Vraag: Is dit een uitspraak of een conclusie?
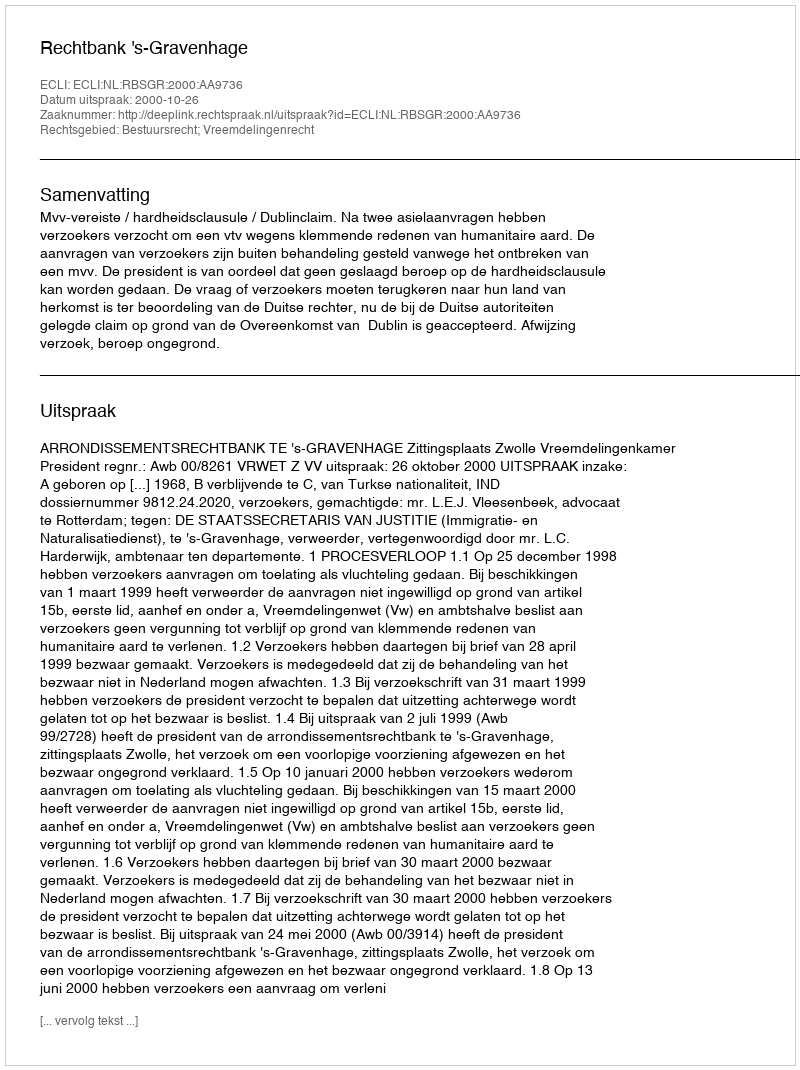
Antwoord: Uitspraak